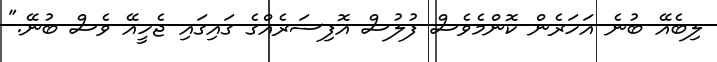
ލިބެއޭ ބުނެ އަހަރެން ކޮންމެވެސް ފުލުސް އޮފިސަރެއްގެ ގައިގައި ޖެހީއޭ ވެސް ބުނޭ."